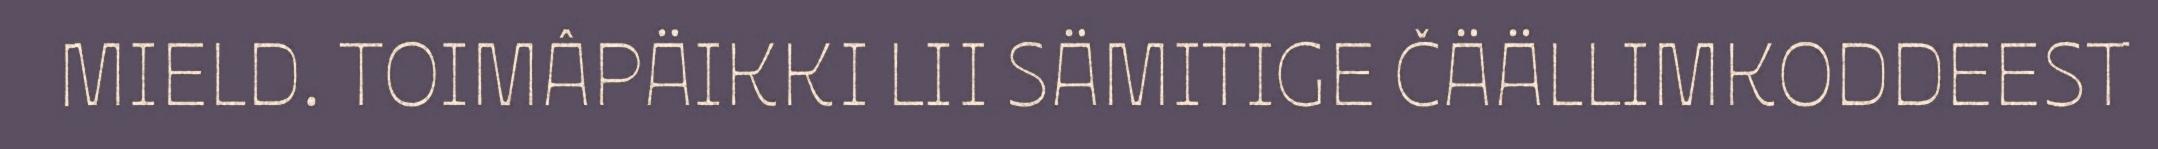
MIELD. TOIMÂPÄIKKI LII SÄMITIGE ČÄÄLLIMKODDEEST